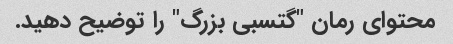
محتوای رمان "گتسبی بزرگ" را توضیح دهید.